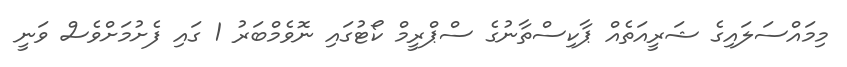
މިމައްސަލައިގެ ޝަރީއަތެއް ޕާކިސްތާނުގެ ސްޕްރީމް ކޯޓުގައި ނޮވެމްބަރު 1 ގައި ފެށުމަށްވެސް ވަނީ